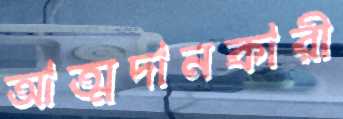
আত্মদানকারী